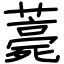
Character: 薧